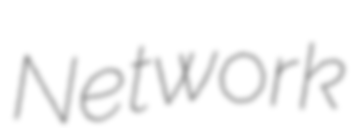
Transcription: Network